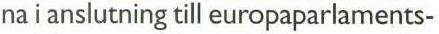
na i anslutning till europaparlaments-